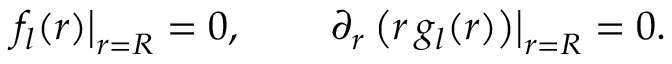
\left. f _ { l } ( r ) \right| _ { r = R } = 0 , \qquad \left. \partial _ { r } \left( r \, g _ { l } ( r ) \right) \right| _ { r = R } = 0 .